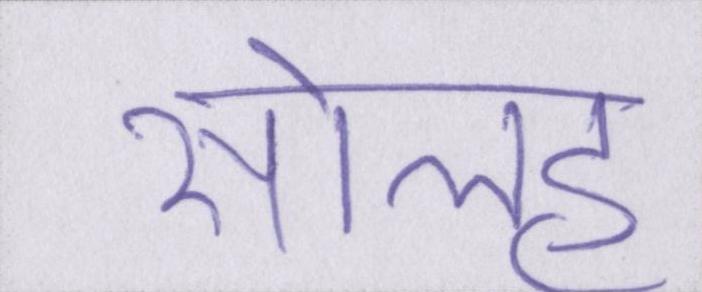
सोलह